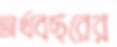
অর্থবছরের